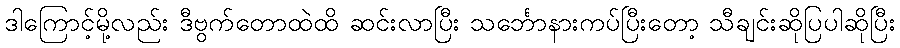
ဒါကြောင့်မို့လည်း ဒီဗွက်တောထဲထိ ဆင်းလာပြီး သင်္ဘောနားကပ်ပြီးတော့ သီချင်းဆိုပြပါဆိုပြီး